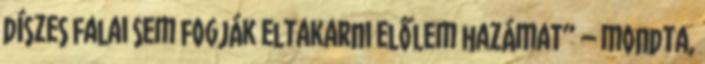
díszes falai sem fogják eltakarni előlem hazámat” – mondta,